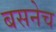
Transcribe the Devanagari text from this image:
बसनेच